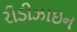
રીડીઝાઇન